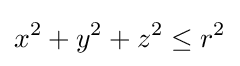
x^{2}+y^{2}+z^{2}\leq r^{2}